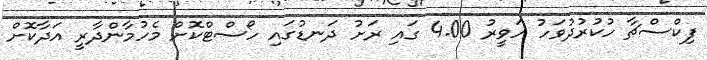
ފިކްސްޗާ ހުކުރުދުވަހު ހަވީރު 4.00 ގައި ރަށު ދަނޑުގައި ހޯސްޓްކޮށް މެހުމާންދާރީ އަދާކޮށް